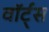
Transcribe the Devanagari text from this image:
वॉर्ट्स